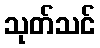
သုတ်သင်